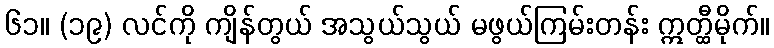
၆၁။ (၁၉) လင်ကို ကျိန်တွယ် အသွယ်သွယ် မဖွယ်ကြမ်းတန်း ဣတ္ထီမိုက်။